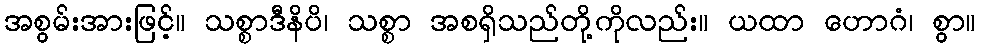
အစွမ်းအားဖြင့်။ သစ္စာဒီနိပိ၊ သစ္စာ အစရှိသည်တို့ကိုလည်း။ ယထာ ဟောဂံ၊ စွာ။